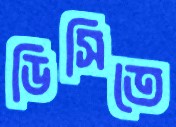
ডিসিতে